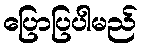
ပြောပြပါမည်